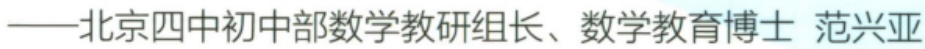
——北京四中初中部数学教研组长、数学教育博士 范兴亚